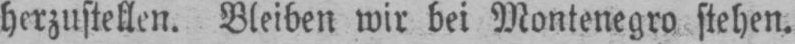
herzustellen. Bleiben wir bei Montenegro stehen.